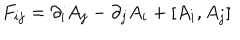
F _ { i j } = \partial _ { i } A _ { j } - \partial _ { j } A _ { i } + [ A _ { i } , A _ { j } ]